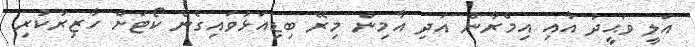
އަލީ ވަޙީދު އާއި އިމްރާން އަދި އާމިން މިރޭ ބިޑިއަޅުވައިގެން ކޯޓަށް ހާޒިރުކުރި